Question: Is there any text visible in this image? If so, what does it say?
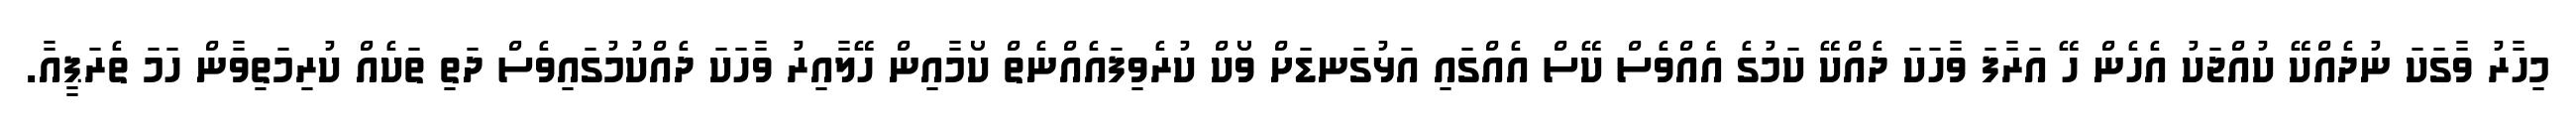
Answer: މިހާރު ވާގަކަ ނުދެއްކޭ ކުއްޖަކު އެހެން ހޭ އަރާފަ ވާހަކަ ދެއްކޭ ކަމުގެ އެއްވެސް ކޭސް އެއްގައި އަޅުގަނޑަށް ވޯކް ކުރެވިފައެއްނެތް ކޯމާއިން ހޭލާއިރު ވާހަކަ ދެއްކުމުގައިވެސް ދަތި ތަކެއް ކުރިމަތިވާން ހަމަ ތެރަޕީއާ.